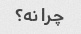
چرا نه؟